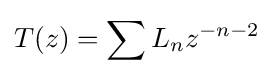
T(z)=\sum L_{n}z^{-n-2}